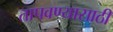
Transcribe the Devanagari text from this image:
तापवण्यासाठी